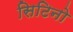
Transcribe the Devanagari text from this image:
सिटिनो